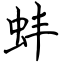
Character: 蚌